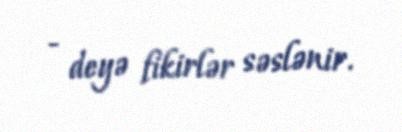
- deyə fikirlər səslənir.